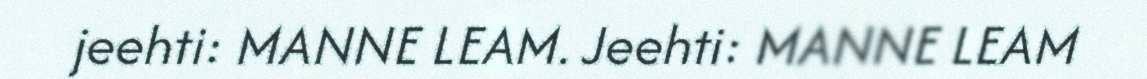
jeehti: MANNE LEAM. Jeehti: MANNE LEAM